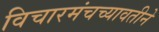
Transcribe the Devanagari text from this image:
विचारमंचच्यावतीने